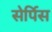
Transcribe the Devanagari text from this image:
सेर्पिस